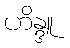
ဟိန္ဒူ